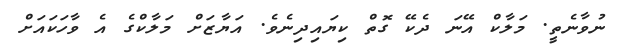
ނުވާނެތީ. މަލާކް އޭނަ ދެކޭ ގޮތް ކިޔައިދިނެވެ. އަޔާޒަށް މަލާކްގެ އެ ވާހަކައަށް